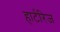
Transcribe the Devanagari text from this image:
हार्टरिज